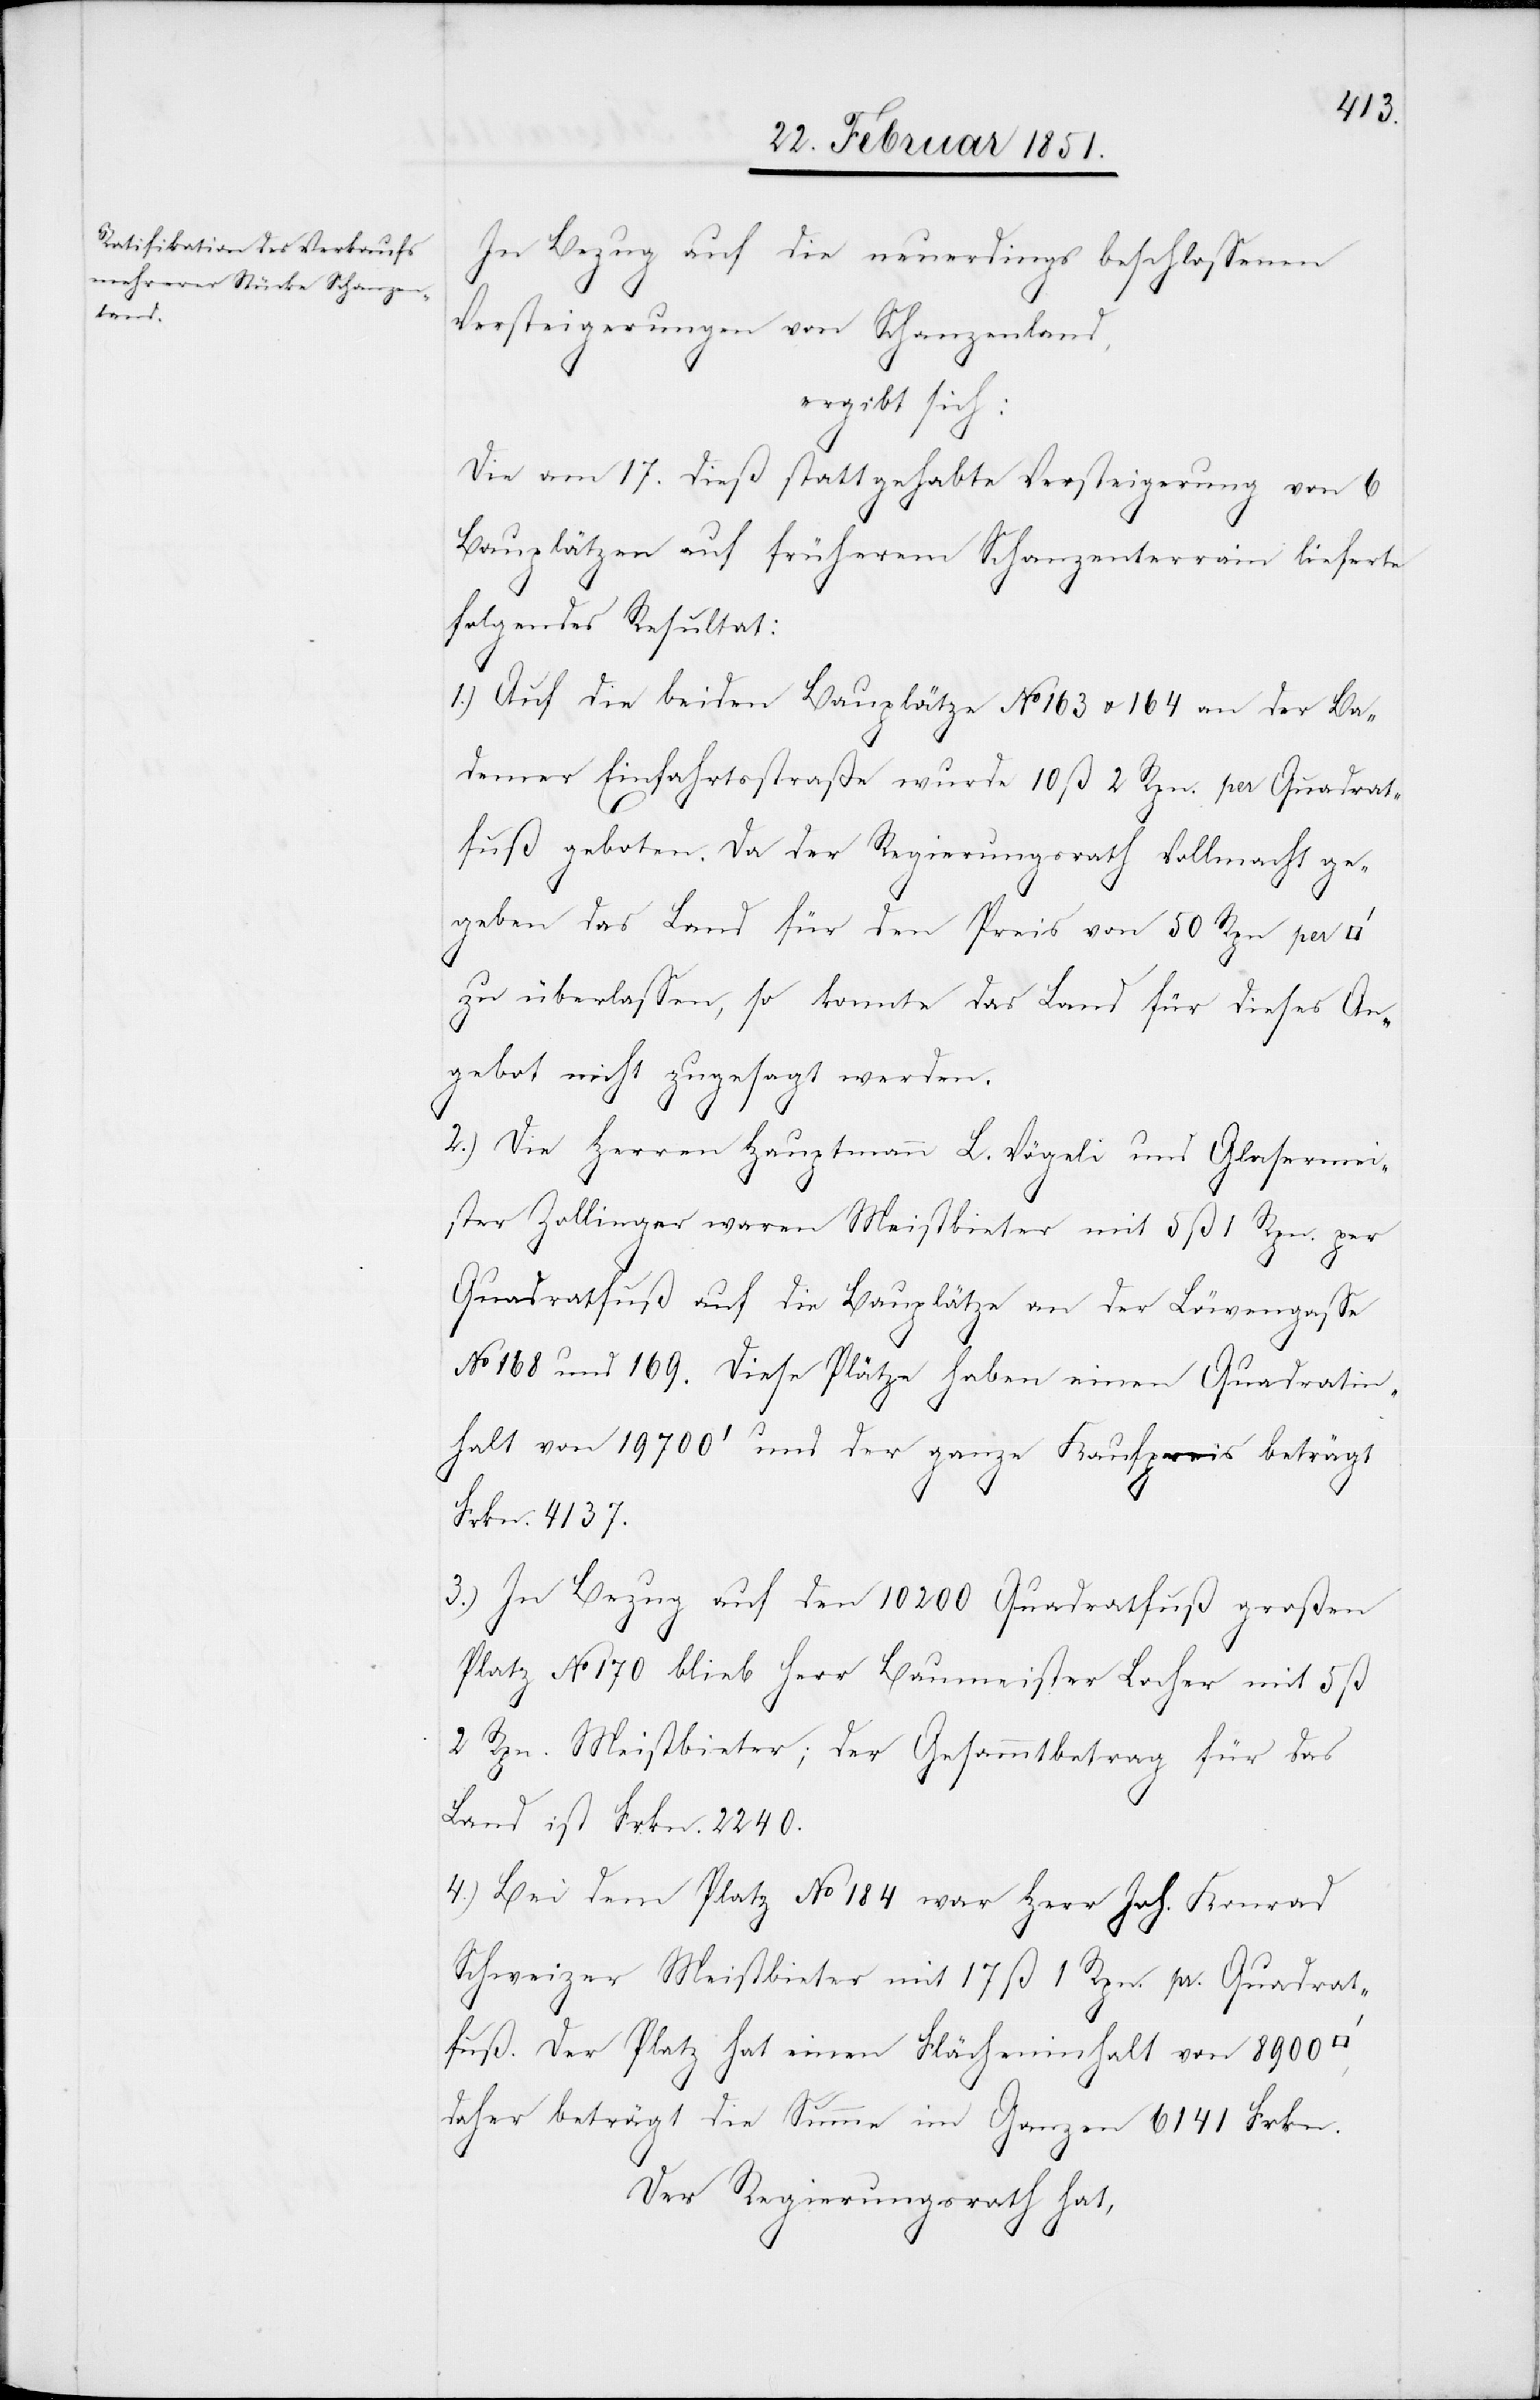
In Bezug auf die neuerdings beschlossenen
Versteigerungen von Schanzenland,
ergibt sich:
Die am 17. dieß stattgehabte Versteigerung von 6
Bauplätzen auf früherem Schanzenterrain lieferte
folgendes Resultat:
1.) Auf die beiden Bauplätze No. 163 u. 164 an der Ba¬
demer Einfahrtsstraße wurde 10 ß 2 Rpn. per Quadrat¬
fuß geboten. Da der Regierungsrath Vollmacht ge¬
geben das Land für den Preis von 50 Rpn per
zu überlassen, so konnte das Land für dieses An¬
gebot nicht zugesagt werden.
2.) Die Herren Hauptmann L. Vögeli und Glasermei¬
ster Zollinger waren Meistbieter mit 5 ß 1 Rpn. per
Quadratfuß auf die Bauplätze an der Löwengasse
No 168 und 169. Diese Plätze haben einen Quadratin¬
halt von 19700‘ und der ganze Kaufpreis beträgt
Frkn. 4137.
3.) In Bezug auf den 10200 Quadratfuß großen
Platz No 170 blieb Herr Baumeister Locher mit 5 ß
2 Rpn. Meistbieter; der Gesammtbetrag für das
Land ist Frkn. 2240.
4.) Bei dem Platz No 184 war Herr Joh. Konrad
Schweizer Meistbieter mit 17 ß 1 Rpn. pr. Quadrat¬
fuß. Der Platz hat einen Flächeninhalt von 8900
daher beträgt die Summe im Ganzen 6141 Frkn.
Der Regierungsrath hat,